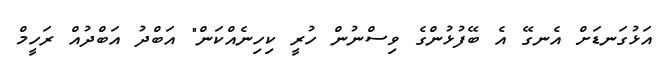
އަޅުގަނޑަށް އެނގޭ އެ ބޭފުޅުންގެ ވިސްނުން ހުރީ ކިހިނެއްކަން" އަބްދު އަބްދުއް ރަހީމް